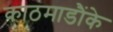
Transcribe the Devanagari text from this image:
काठमाडौंके